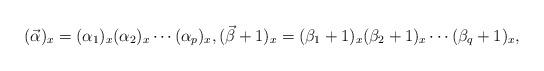
LaTeX: \begin{gather*} ( \vec{\alpha} )_{x} = ( \alpha_{1})_{x} ( \alpha_{2} )_{x}\cdots ( \alpha_{p} )_{x}, ( \vec{\beta}+1 )_{x} = ( \beta_{1}+1 )_{x} ( \beta_{2}+1 )_{x}\cdots ( \beta_{q}+1 )_{x},\end{gather*}